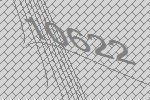
10622